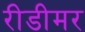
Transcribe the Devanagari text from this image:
रीडीमर